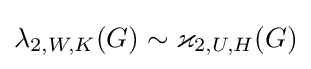
\lambda _{2,W,K}(G)\sim \varkappa _{2,U,H}(G)